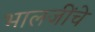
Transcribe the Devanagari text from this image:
भालजींचे